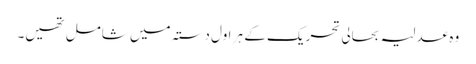
وہ عدلیہ بحالی تحریک کے ہر اول دستہ میں شامل تھیں۔